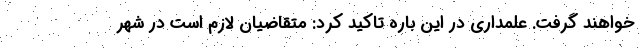
خواهند گرفت. علمداری در این باره تاکید کرد: متقاضیان لازم است در شهر